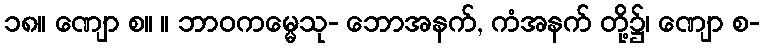
၁၈။ ဏျော စ။ ။ ဘာဝကမ္မေသု- ဘောအနက်, ကံအနက် တို့၌၊ ဏျော စ-